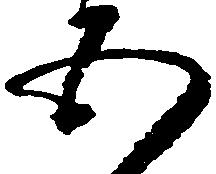
五